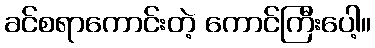
ခင်စရာကောင်းတဲ့ ကောင်ကြီးပေါ့။